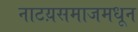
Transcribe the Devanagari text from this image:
नाटय़समाजमधून